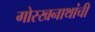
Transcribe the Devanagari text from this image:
गोरखनाथांची